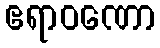
ဧရာဝဏော